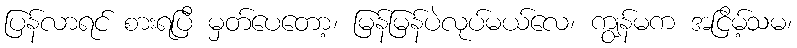
ပြန်လာရင် စားရပြီ မှတ်ပေတော့၊ မြန်မြန်ပဲလုပ်မယ်လေ၊ ကျွန်မက အငြိမ့်သမ၊